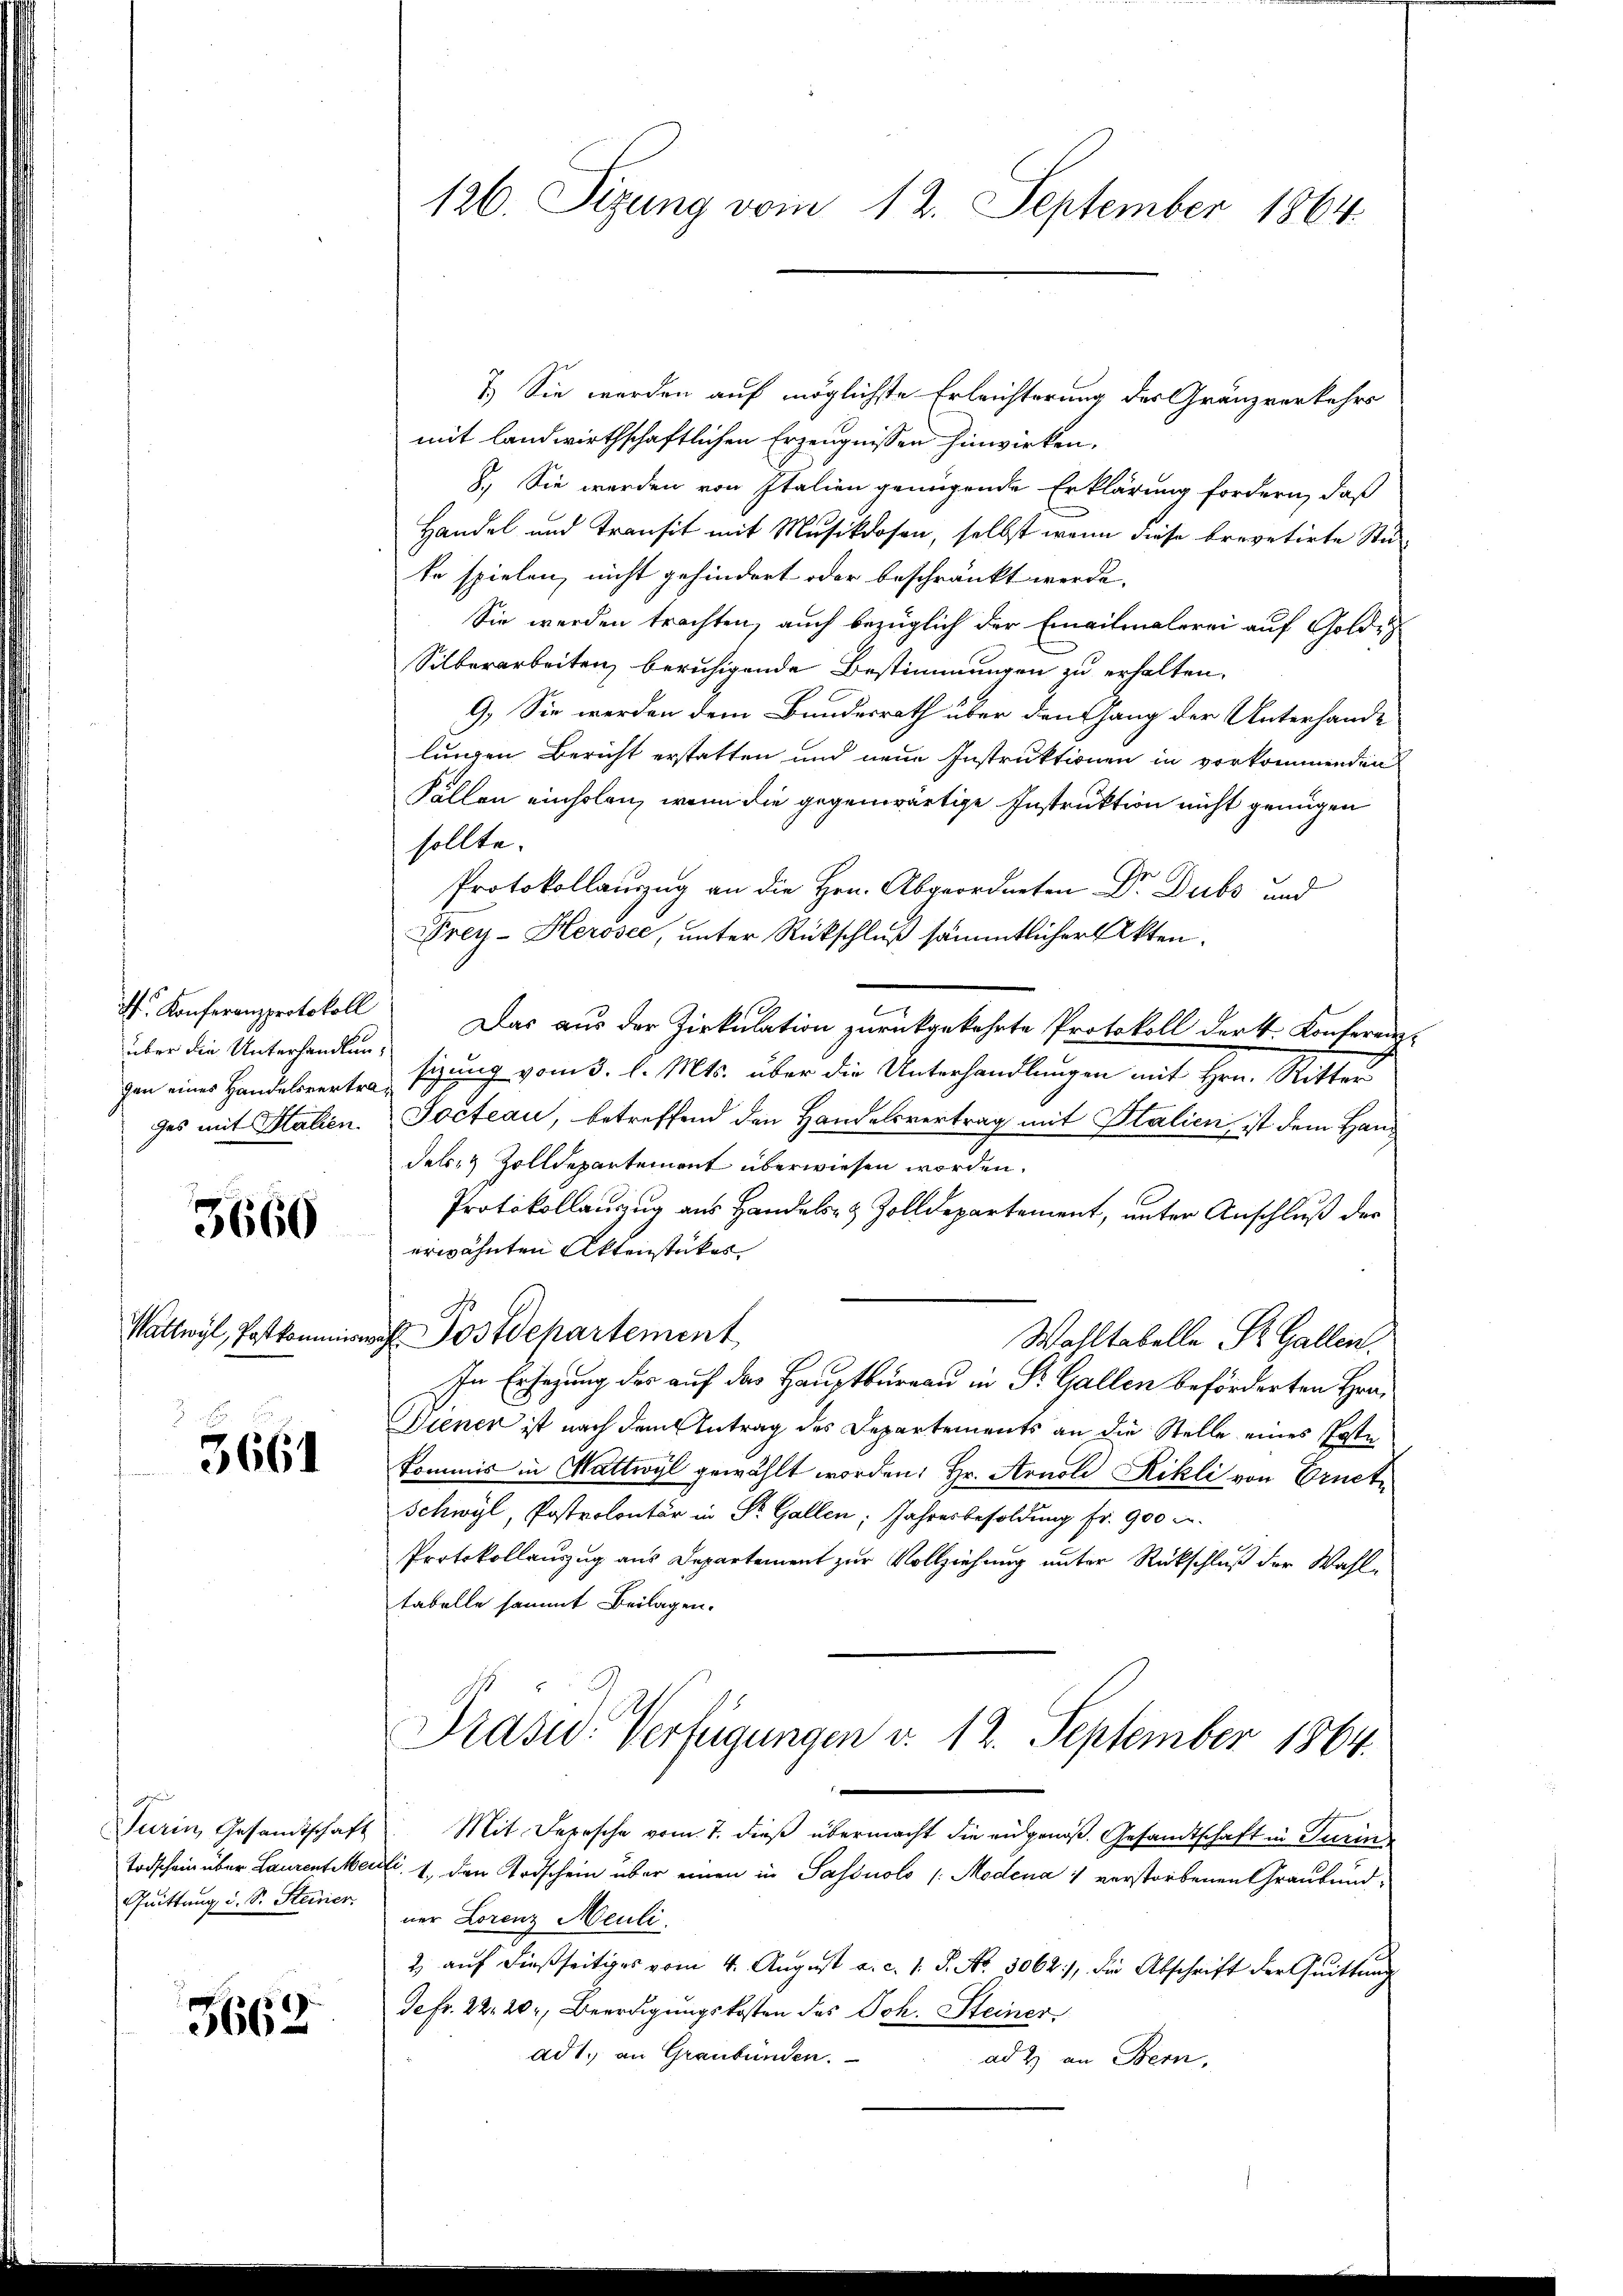
M. Konferenzprotokoll
über die Unterhandlungen eines Handelsvertrages mit Halten.

3660

Wattwyl, Postkommis

3661

Turin, Gesandtschaft
Todschein über Laurentier
Quittung d. S. Steiner

3662

126. Sizung vom 12. September 1864.

7.) Sie werden auf möglichste Erleichterung des Gränzverkehrs
mit landwirthschaftlichen Erzeugnissen hinwirken.
8. Sie werden von Italien genügende Erklärung fordern, daß
Handel und transit mit Musikdosen, selbst wenn diese brevetirte Stute spielen, nicht gehindert oder beschränkt werde.
Sie werden trachten, auch bezüglich der Emailmalerei auf Golde
Silberarbeiten, beruhigende Bestimmungen zu erhalten.
9. Sie werden dem Bundesrath über den hang der Unterhande
lungen Bericht erstatten und neue Instruktionen in vorkommenden
Fällen einholen, wenn die gegenwärtige Instruktion nicht genügen
sollte.
Protokollauszug an die Hrn. Abgeordneten Dr. Dubs und
Frey-Herosee, unter Rückschluß sämmtlicher Akten.
Das aus der Zirkulation zurückgekehrte Protokoll der k. Konferenz-
sizung vom 3. l. Mts. über die Unterhandlungen mit Hrn. Ritter
Jocteau, betreffend den Handelsvertrag mit Italien, ist dem Hand
dels- & Zolldepartement überwiesen worden.
Protokollauszug aus Handels- & Zolldepartement, unter Anschluß der
erwähnten Aktenstückes
 Postdepartement
Wahltabelle Dr. Gallen.
In Ersezung des auf das Hauptbureau in St. Gallen beförderten Hra¬
Dienen ist nach dem Antrag des Departements an die Stelle eines Poste
Kommis in Wattwyl gewählt worden: Hr. Arnold Kikli von Urnet
Schwyl, Postrolontär in Dr. Gallen, Jahresbesoldung fr. 900 c.
Protokollauszug aus Departement zur Vollziehung unter Rückschluß der Wahltabelle sammt Beilagen.
Prasw. Verfügungen v. 12. September 1864.
Mit Depesche vom 7. dieß übermacht die eidgenoß. Gesandtschaft in Turine
di. 1. den Todschein über einen in Sassolo /: Modena 4 verstorbenen Graubündner Lorenz Meuli
2 auf dießseitiges vom 4. August a. c. 1. J. No. 5062), die Abschrift der Quittung
Jefr. 22. 20, Beerdigungskosten des Joh. Steiner
ad 1. an Graubünden.
ad 2. an Bern,